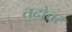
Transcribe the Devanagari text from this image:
तदोत्तर